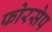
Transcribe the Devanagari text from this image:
फोरसेप